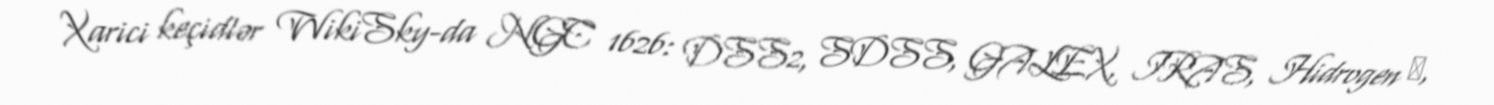
Xarici keçidlər WikiSky-da NGC 1626: DSS2, SDSS, GALEX, IRAS, Hidrogen α,